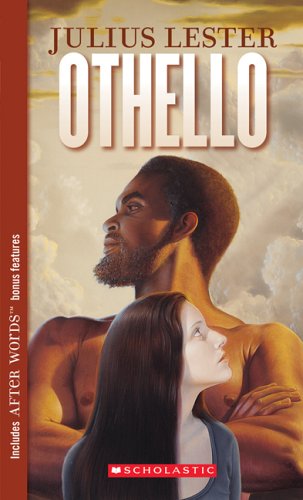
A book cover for Othello (Point signature editions); Julius Lester; Teen & Young Adult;